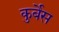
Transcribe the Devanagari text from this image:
कुर्बेस